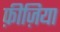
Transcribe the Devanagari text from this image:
फ़ीज़िया